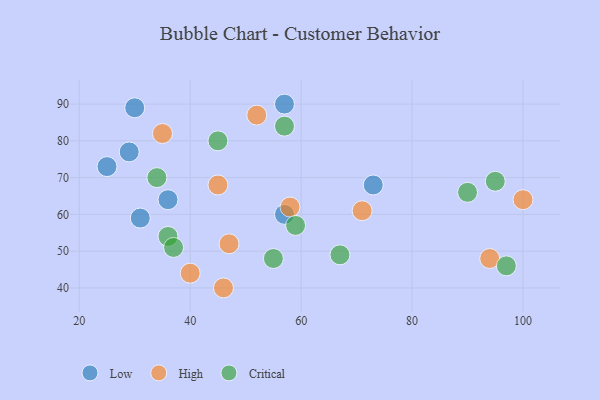
{"axis": {"x": "GDP", "y": "Life Expectancy"}, "legend": ["Critical", "High", "Low"], "data": [{"x": "36", "y": 64, "type": "Low"}, {"x": "29", "y": 77, "type": "Low"}, {"x": "30", "y": 89, "type": "Low"}, {"x": "73", "y": 68, "type": "Low"}, {"x": "31", "y": 59, "type": "Low"}, {"x": "57", "y": 90, "type": "Low"}, {"x": "57", "y": 60, "type": "Low"}, {"x": "25", "y": 73, "type": "Low"}, {"x": "71", "y": 61, "type": "High"}, {"x": "100", "y": 64, "type": "High"}, {"x": "45", "y": 68, "type": "High"}, {"x": "94", "y": 48, "type": "High"}, {"x": "46", "y": 40, "type": "High"}, {"x": "40", "y": 44, "type": "High"}, {"x": "47", "y": 52, "type": "High"}, {"x": "35", "y": 82, "type": "High"}, {"x": "52", "y": 87, "type": "High"}, {"x": "58", "y": 62, "type": "High"}, {"x": "95", "y": 69, "type": "Critical"}, {"x": "36", "y": 54, "type": "Critical"}, {"x": "34", "y": 70, "type": "Critical"}, {"x": "90", "y": 66, "type": "Critical"}, {"x": "97", "y": 46, "type": "Critical"}, {"x": "55", "y": 48, "type": "Critical"}, {"x": "57", "y": 84, "type": "Critical"}, {"x": "37", "y": 51, "type": "Critical"}, {"x": "45", "y": 80, "type": "Critical"}, {"x": "59", "y": 57, "type": "Critical"}, {"x": "67", "y": 49, "type": "Critical"}]}